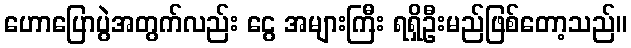
ဟောပြောပွဲအတွက်လည်း ငွေ အများကြီး ရရှိဦးမည်ဖြစ်တော့သည်။